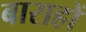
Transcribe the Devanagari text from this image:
बाराहों